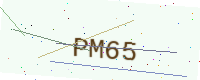
Text: PM65